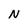
Character: N